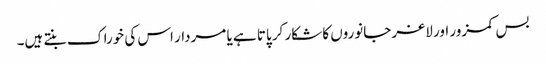
بس کمزور اور لاغر جانوروں کا شکار کر پاتا ہے یا مردار اس کی خوراک بنتے ہیں۔